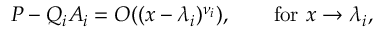
P - Q _ { i } A _ { i } = O ( ( x - \lambda _ { i } ) ^ { \nu _ { i } } ) , \qquad { \mathrm { f o r ~ } } x \to \lambda _ { i } ,